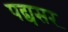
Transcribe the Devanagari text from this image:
पद्यसर